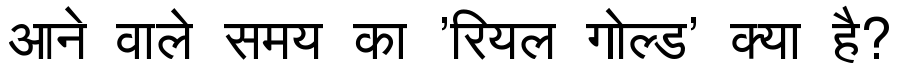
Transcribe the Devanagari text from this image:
आने वाले समय का 'रियल गोल्ड' क्या है?